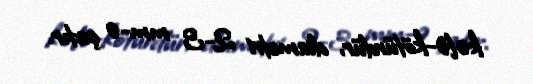
kələ-kötürdür, diametri 2-3 mm-ə çatır.